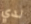
لدي